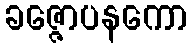
ခဇ္ဇောပနကော